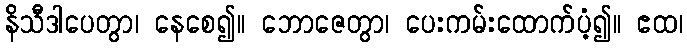
နိသီဒါပေတွာ၊ နေစေ၍။ ဘောဇေတွာ၊ ပေးကမ်းထောက်ပံ့၍။ ဧထ၊